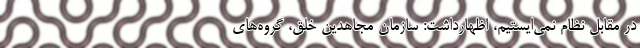
در مقابل نظام نمی‌ایستیم، اظهارداشت: سازمان مجاهدین خلق، گروه‌های